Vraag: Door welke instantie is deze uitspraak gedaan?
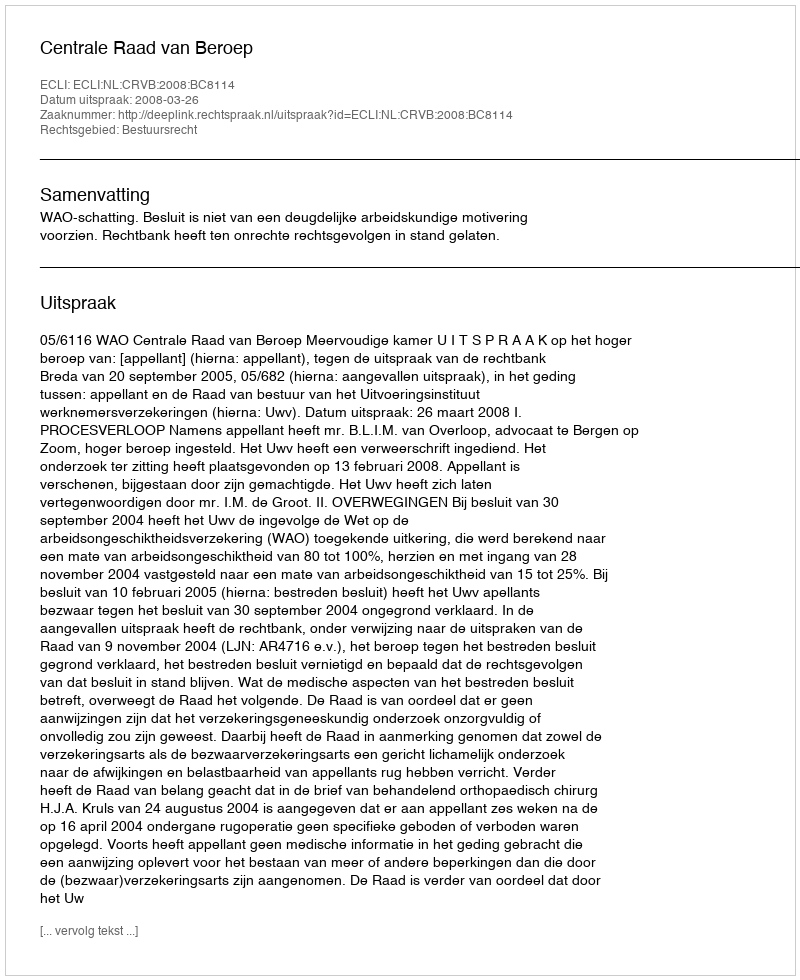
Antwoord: Centrale Raad van Beroep